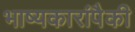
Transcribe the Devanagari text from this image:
भाष्यकारांपैकी